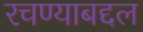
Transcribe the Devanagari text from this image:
रचण्याबद्दल